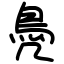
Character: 鳧